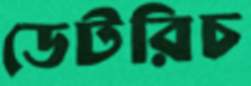
ডেটরিচ